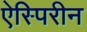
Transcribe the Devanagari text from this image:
ऐस्पिरीन